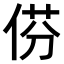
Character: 𠊠